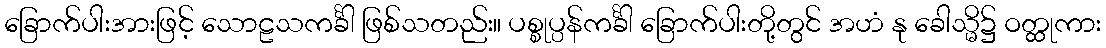
ခြောက်ပါးအားဖြင့် သောဠသကင်္ခါ ဖြစ်သတည်း။ ပစ္စုပ္ပန်ကင်္ခါ ခြောက်ပါးတို့တွင် အဟံ နု ခေါသ္မိ၌ ဝတ္ထုကား